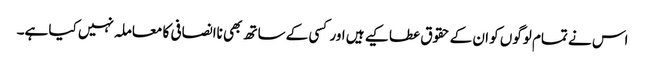
اس نے تمام لوگوں کو ان کے حقوق عطا کیے ہیں اور کسی کے ساتھ بھی ناانصافی کا معاملہ نہیں کیا ہے۔